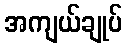
အကျယ်ချုပ်